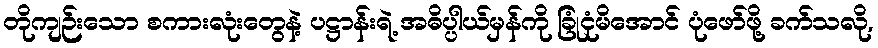
တိုကျဉ်းသော စကားလုံးတွေနဲ့ ပဋ္ဌာန်းရဲ့ အဓိပ္ပါယ်မှန်ကို ခြုံငုံမိအောင် ပုံဖော်ဖို့ ခက်သလို,